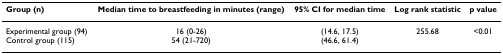
| Group (n) | Median time to breastfeeding in minutes (range) | 95% CI for median time | Log rank statistic | p value |
 | --- | --- | --- | --- | --- |
 | Experimental group (94)Control group (115) | 16 (0-26)54 (21-720) | (14.6, 17.5)(46.6, 61.4) | 255.68 | <0.01 |